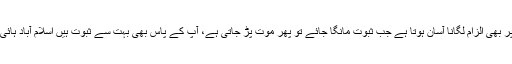
امجد ملک نامی ٹویٹر صارف کا کہنا تھا کہ ’’بھٹی صاحب کسی پر بھی الزام لگانا آسان ہوتا ہے جب ثبوت مانگا جائے تو پھر موت پڑ جاتی ہے، آپ کے پاس بھی بہت سے ثبوت ہیں اسلام آباد ہائی کورٹ میں آپ ہی کوئی ثبوت پیش کر دیتے یا پھر آپ کو بھی ؟